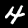
Digit: 4